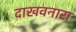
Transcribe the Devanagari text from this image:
दाखवनारा